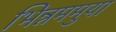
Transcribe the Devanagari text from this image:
भिन्नममुया